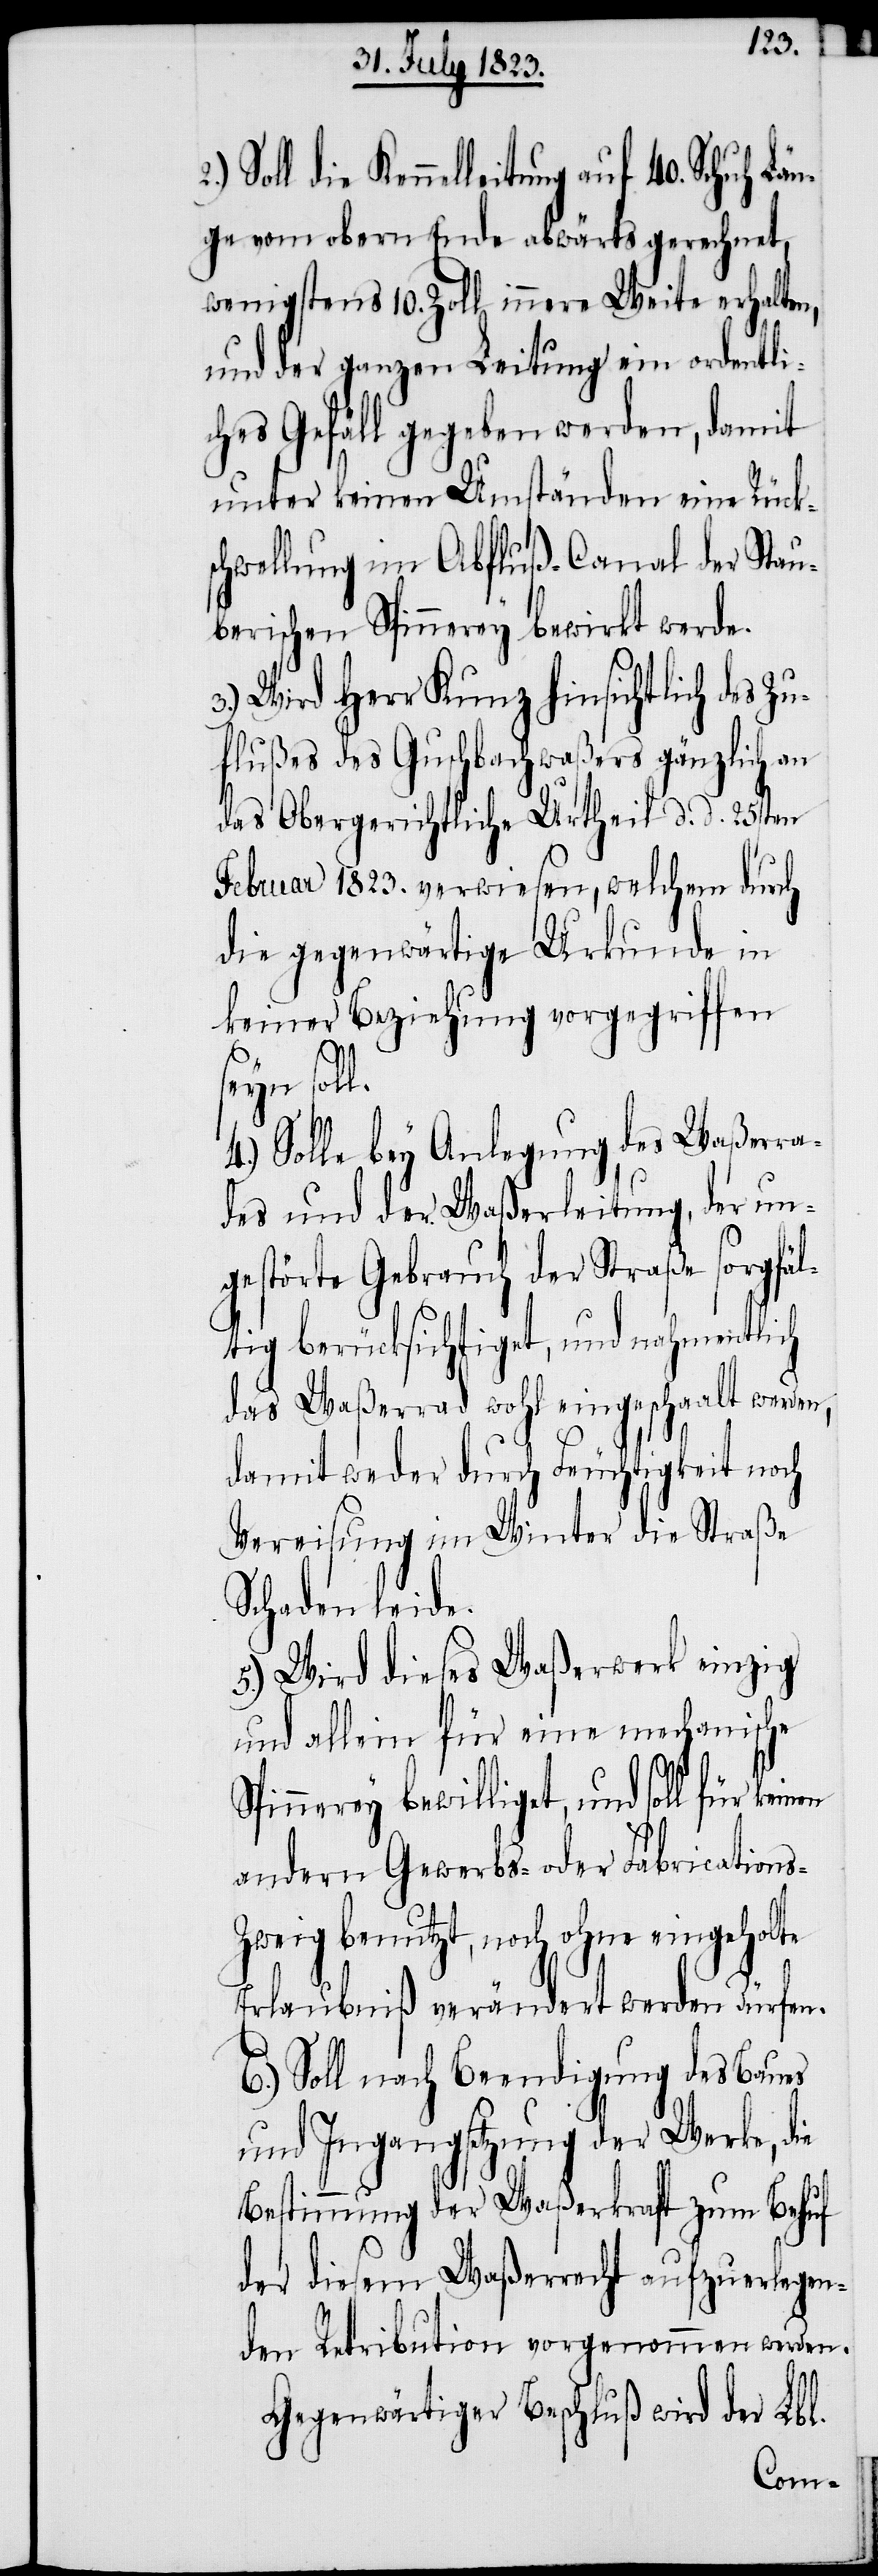
die Kennelleitung auf 40. Schuh Län¬
ge vom obern Ende abwärts gerechnet,
wenigstens 10. Zoll innere Weite erhalten,
und der ganzen Leitung ein ordentli¬
ches Gefäll gegeben werden, damit
unter keinen Umständen eine Rück¬
schwellung im Abfluß-Canal der Stau¬
berischen Spinnerey bewirkt werde.
3.) Wird Herr Kunz hinsichtlich des Zu¬
flußes des Guschbachwaßers gänzlich an
das Obergerichtliche Urtheil d. d. 25sten
Februar 1823. verwiesen, welchem durch
die gegenwärtige Urkunde in
keiner Beziehung vorgegriffen
4.) Solle bey Anlegung des Waßerra¬
des und der Waßerleitung, der un¬
gestörte Gebrauch der Straße sorgfäl¬
tig berücksichtiget, und nahmentlich
das Waßerrad wohl eingeschaalt werden,
damit weder durch Feuchtigkeit noch
Vereisung im Winter die Straße
Schaden leide.
5.) Wird dieses Waßerwerk einzig
und allein für eine mechanische
Spinnerey bewilliget, und soll für
andern Gewerbs- oder Fabrication¬
s-Zweig benutzt, noch ohne eingeholte
Erlaubniß verändert werden dürfen.
6.) Soll nach Beendigung des Baues
und Ingangsetzung der Werke, die
Bestimmung der Waßerkraft zum Behuf
der diesem Waßerrecht aufzuerlegen¬
den Retribution vorgenommen werden.
Gegenwärtiger Beschluß wird der Lbl.